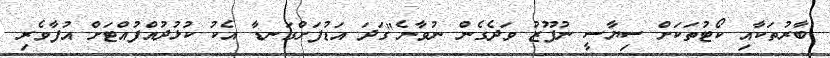
ބާރުތަކާއި ކޯޓުތަކަށް ސިޔާސީ ނުފޫޒު ވަދެގެން ނުވާނެ"ގަދަ އަޑުފަށްގަނޑާ އެކު ކުޅުދުއްފުއްޓަށް އުފާވެރި